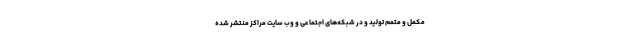
مکمل و متمم تولید و در شبکه‌های اجتماعی و وب سایت مراکز منتشر شده